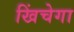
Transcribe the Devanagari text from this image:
खिंचेगा